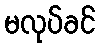
မလုပ်ခင်